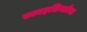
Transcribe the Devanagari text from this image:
स्काइफ़िस्टोमा